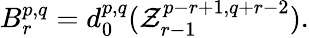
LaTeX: B_{r}^{p,q}=d_{0}^{p,q}(\mathcal{Z}_{r-1}^{p-r+1,q+r-2}).